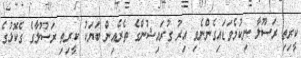
ކީރިތި ރަސޫލާ ނިކުމެވަޑައިގެންނެވި އިރު ގުރައިޝުންގެ ތެރެއިން ބަޔަކު ކީރިތި ރަސޫލާގެ ގެކޮޅުގެ